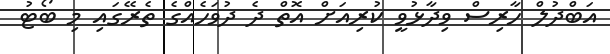
އަބްދުލް ހާރިސް ވިދާޅުވީ ކުރިއަށް އޮތް ދެ ދުވަހެއްގެ ތެރޭގައި މި ބޯޓު